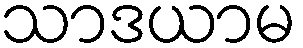
သာဒယာမ